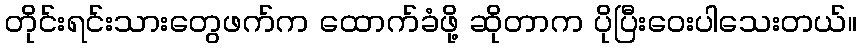
တိုင်းရင်းသားတွေဖက်က ထောက်ခံဖို့ ဆိုတာက ပိုပြီးဝေးပါသေးတယ်။